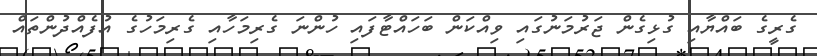
ގެރީގެ ބައްޔާއި ގުޅިގެން ޖަރުމަނުގައި ވިއްކަން ބަހައްޓާފައި ހުންނަ ގެރިމަހާއި ގެރިމަހުގެ އުފެއްދުންތައް